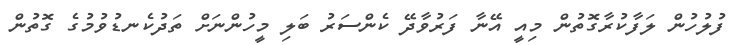
ފުލުހުން ލަފާކުރާގޮތުން މިއީ އޭނާ ފަރުވާދޭ ކެންސަރު ބަލި މީހުންނަށް ތަދުކެނޑުވުމުގެ ގޮތުން